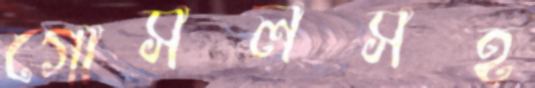
গোসলসহ